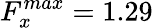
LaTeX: F_{x}^{max}=1.29